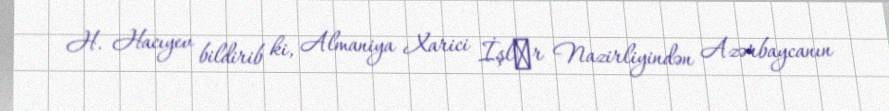
H. Hacıyev bildirib ki, Almaniya Xarici İşlәr Nazirliyindən Azərbaycanın